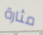
مثارة